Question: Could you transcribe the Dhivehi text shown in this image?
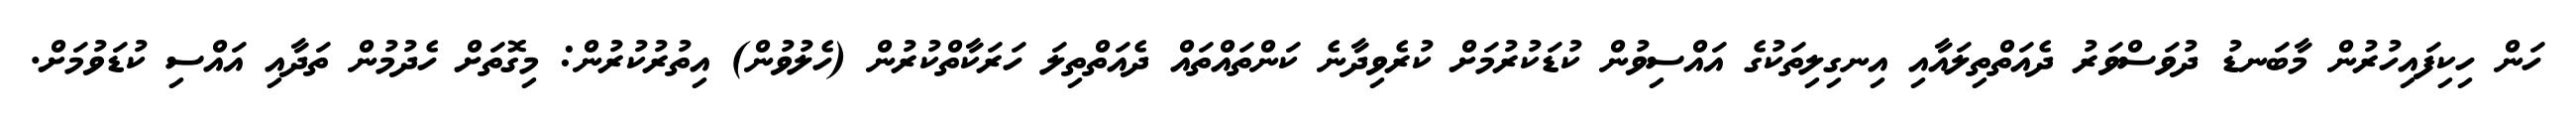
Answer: ހަން ހިކިފައިހުރުން މާބަނޑު ދުވަސްވަރު ދެއަތްތިލައާއި އިނގިލިތަކުގެ އައްސިވުން ކުޑަކުރުމަށް ކުރެވިދާނެ ކަންތައްތައް ދެއަތްތިލަ ހަރަކާތްކުރުން (ހެލުވުން) އިތުރުކުރުން: މިގޮތަށް ހެދުމުން ތަދާއި އައްސި ކުޑަވުމަށް.